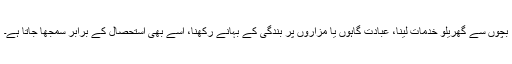
بچوں سے گھریلو خدمات لینا، عبادت گاہوں یا مزاروں پر بندگی کے بہانے رکھنا، اسے بھی استحصال کے برابر سمجھا جاتا ہے۔